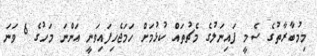
މިމުބާރާތުގެ ސެމީ ފައިނަލުގެ މެޗުތައް ކުޅުމަށް ހަމަޖެހިފައިވަނީ އަންނަ މަހުގެ 6 ވަނަ